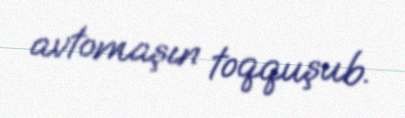
avtomaşın toqquşub.